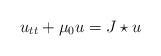
LaTeX: \begin{align*} u _ { t t } + \mu _ 0 u = J \star u\end{align*}